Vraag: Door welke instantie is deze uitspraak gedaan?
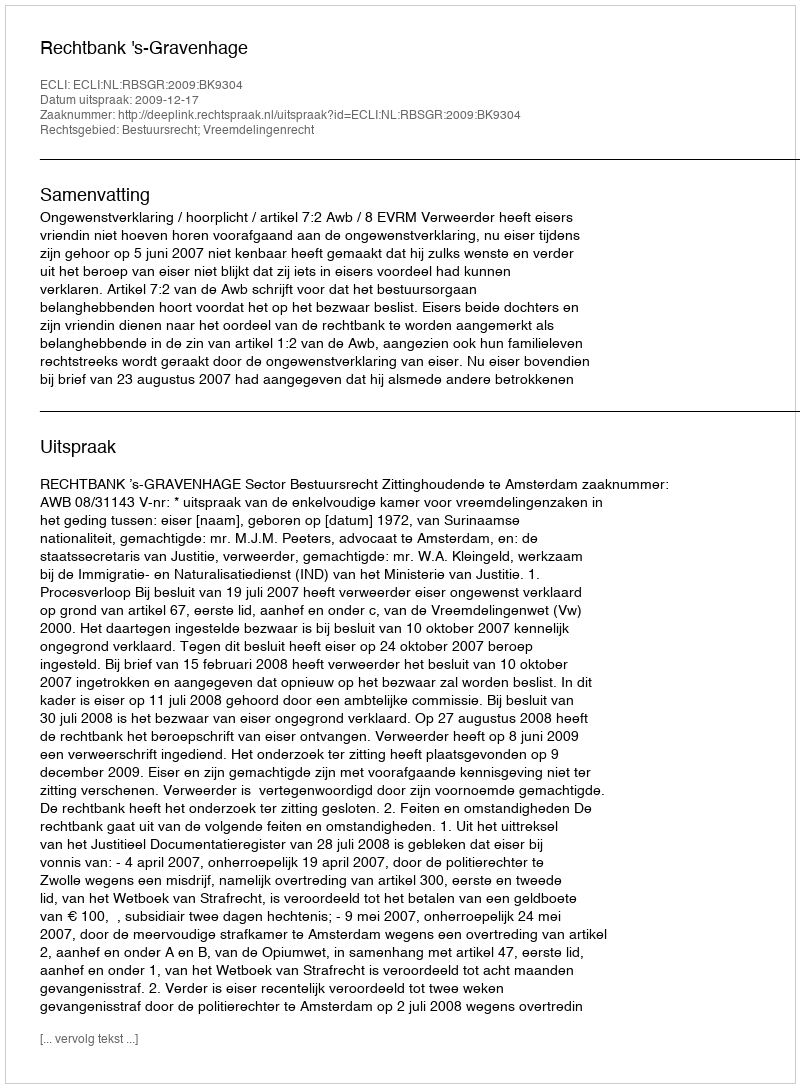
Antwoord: Rechtbank 's-Gravenhage